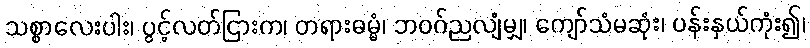
သစ္စာလေးပါး၊ ပွင့်လတ်ငြားက၊ တရားဓမ္မံ၊ ဘဝဂ်ညလျံမျှ၊ ကျော်သံမဆုံး၊ ပန်းနှယ်ကုံး၍၊